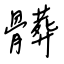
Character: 髒